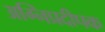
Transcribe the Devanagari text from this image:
अग्निप्रदीपक